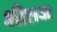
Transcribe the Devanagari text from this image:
शीतज